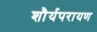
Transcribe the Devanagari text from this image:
शौर्यपरायण